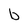
Character: b